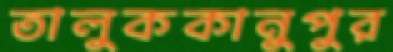
তালুককানুপুর